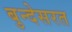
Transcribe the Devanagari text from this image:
बुन्देसरत